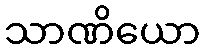
သာဏိယော